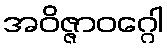
အဝိဇ္ဇာဝဂ္ဂေါ